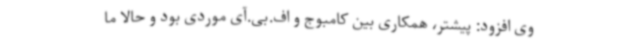
وی افزود: پیشتر، همکاری بین کامبوج و اف.بی.آی موردی بود و حالا ما